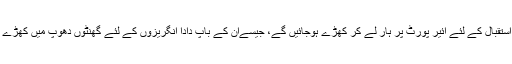
وہ نئےفاتح کے استقبال کے لئے ائیر پورٹ پر ہار لے کر کھڑے ہوجائیں گے، جیسےان کے باپ دادا انگریزوں کے لئے گھنٹوں دھوپ میں کھڑے رہا کرتے تھے۔